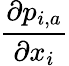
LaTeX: \frac{\partial p_{i,a}}{\partial{{x}_{i}}}